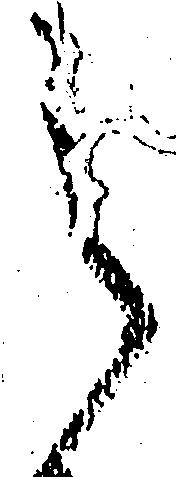
之